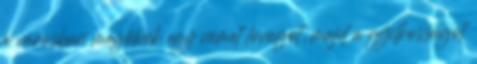
a városban megölnek egy német lovagot, majd a gyilkosságot